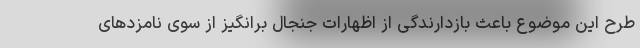
طرح این موضوع باعث بازدارندگی از اظهارات جنجال برانگیز از سوی نامزدهای